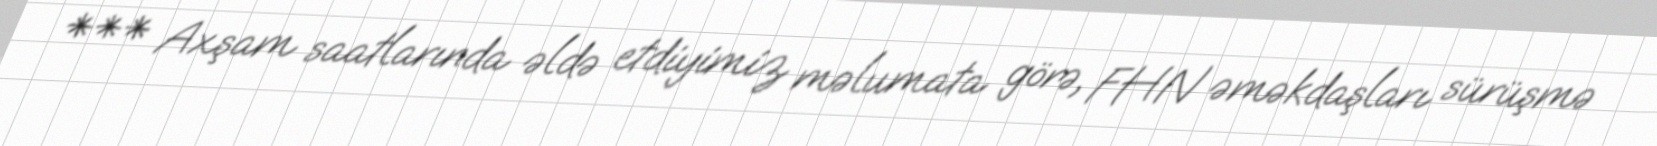
*** Axşam saatlarında əldə etdiyimiz məlumata görə, FHN əməkdaşları sürüşmə